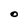
Character: o